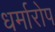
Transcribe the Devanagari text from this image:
धर्मारोप